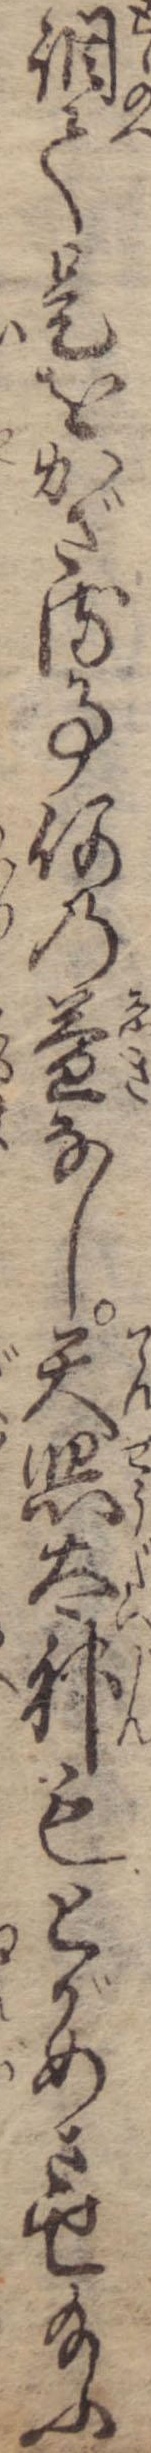
調て是をかざる事何の益なし天照太神もとがめさせ給ふ